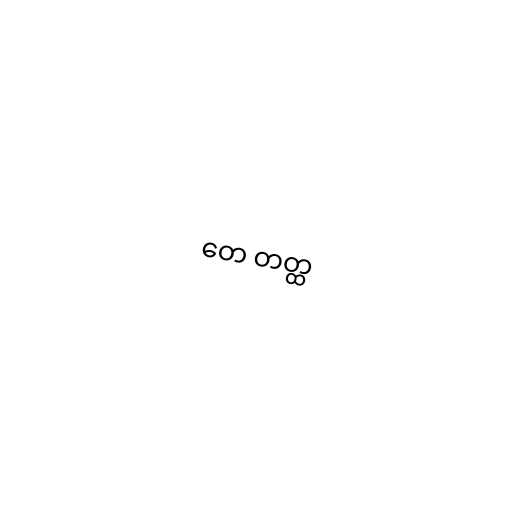
တေ တတ္ထ